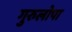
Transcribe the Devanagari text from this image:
गुरुलोपा